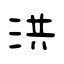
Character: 洪